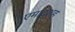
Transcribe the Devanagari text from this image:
एमाद्शह्